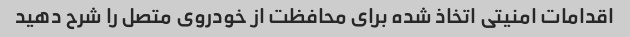
اقدامات امنیتی اتخاذ شده برای محافظت از خودروی متصل را شرح دهید